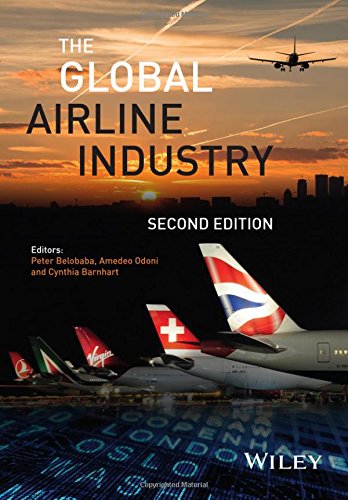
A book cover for The Global Airline Industry (Aerospace Series); Engineering & Transportation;